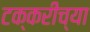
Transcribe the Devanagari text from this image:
टक्करीच्या